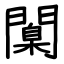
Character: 闑